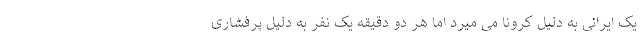
یک ایرانی به دلیل کرونا می میرد اما هر دو دقیقه یک نفر به دلیل پرفشاری